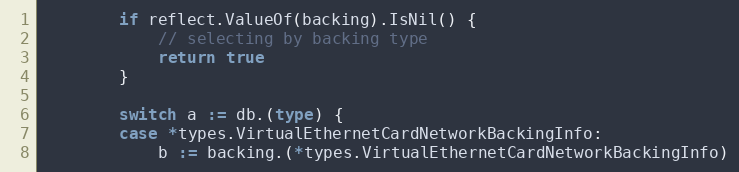
Language: Go
		if reflect.ValueOf(backing).IsNil() {
			// selecting by backing type
			return true
		}

		switch a := db.(type) {
		case *types.VirtualEthernetCardNetworkBackingInfo:
			b := backing.(*types.VirtualEthernetCardNetworkBackingInfo)